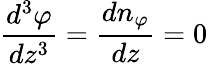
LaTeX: {\frac{d^{3}\varphi}{dz^{3}}}={\frac{dn_{\varphi}}{dz}}=0